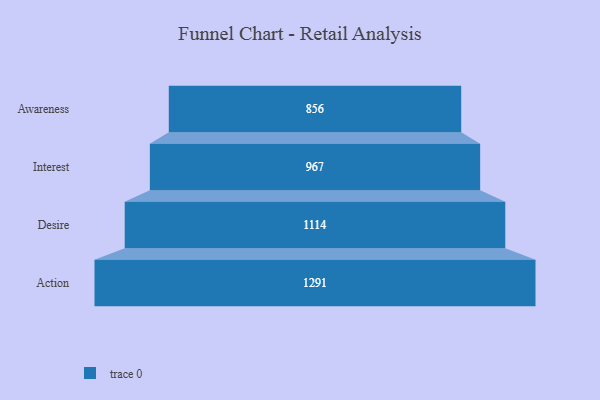
{"axis": {"x": "Stage", "y": "Value"}, "legend": [""], "data": [{"x": "Awareness", "y": 856.0, "type": ""}, {"x": "Interest", "y": 967.0, "type": ""}, {"x": "Desire", "y": 1114.0, "type": ""}, {"x": "Action", "y": 1291.0, "type": ""}]}